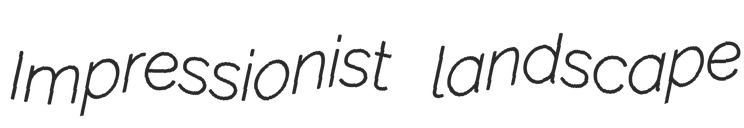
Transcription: Impressionist landscape